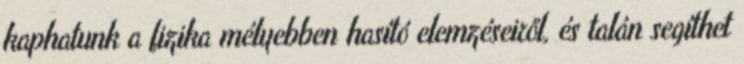
kaphatunk a fizika mélyebben hasító elemzéseiről, és talán segíthet